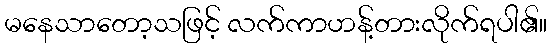
မနေသာတော့သဖြင့် လက်ကာဟန့်တားလိုက်ရပါ၏။